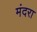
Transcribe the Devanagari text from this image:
मंदरा